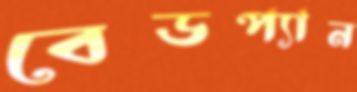
বেডপ্যান